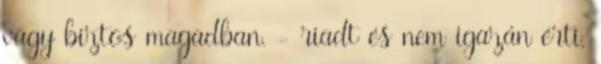
vagy biztos magadban. - riadt és nem igazán érti,